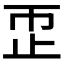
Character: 𬅹